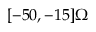
[ - 5 0 , - 1 5 ] \Omega